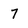
Character: 7